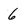
Character: 6